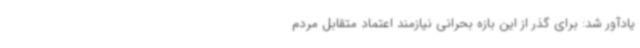
یادآور شد: برای گذر از این بازه بحرانی نیازمند اعتماد متقابل مردم